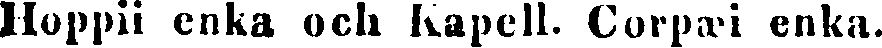
Hoppii enka och Kapell. Corpæi enka.